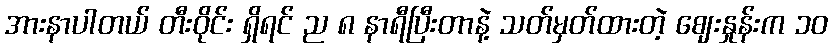
အားနာပါတယ် တီးဝိုင်း ရှိရင် ည ၈ နာရီပြီးတာနဲ့ သတ်မှတ်ထားတဲ့ ဈေးနှုန်းက ၁၀